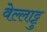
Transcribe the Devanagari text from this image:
वेल्लाट्टु